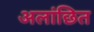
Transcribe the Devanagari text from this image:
अलांछित